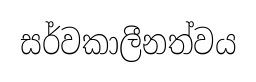
සර්වකාලීනත්වය